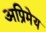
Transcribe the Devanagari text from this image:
अप्रिमेय